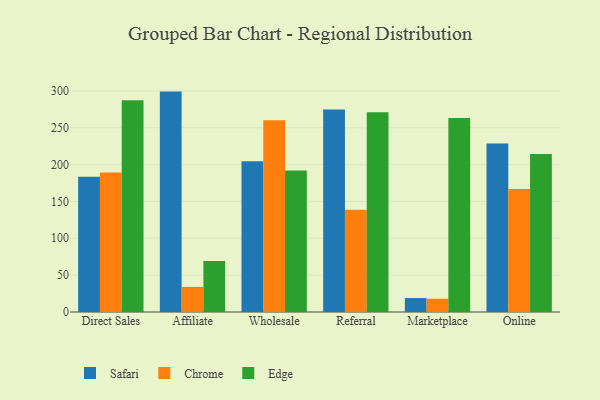
{"axis": {"x": "Channel", "y": "Tickets Resolved"}, "legend": ["Chrome", "Edge", "Safari"], "data": [{"x": "Direct Sales", "y": 183.6, "type": "Safari"}, {"x": "Direct Sales", "y": 189.2, "type": "Chrome"}, {"x": "Direct Sales", "y": 287.1, "type": "Edge"}, {"x": "Affiliate", "y": 299.0, "type": "Safari"}, {"x": "Affiliate", "y": 34.0, "type": "Chrome"}, {"x": "Affiliate", "y": 69.3, "type": "Edge"}, {"x": "Wholesale", "y": 204.4, "type": "Safari"}, {"x": "Wholesale", "y": 260.3, "type": "Chrome"}, {"x": "Wholesale", "y": 192.1, "type": "Edge"}, {"x": "Referral", "y": 274.8, "type": "Safari"}, {"x": "Referral", "y": 138.8, "type": "Chrome"}, {"x": "Referral", "y": 270.9, "type": "Edge"}, {"x": "Marketplace", "y": 18.9, "type": "Safari"}, {"x": "Marketplace", "y": 18.0, "type": "Chrome"}, {"x": "Marketplace", "y": 263.3, "type": "Edge"}, {"x": "Online", "y": 228.6, "type": "Safari"}, {"x": "Online", "y": 166.7, "type": "Chrome"}, {"x": "Online", "y": 214.5, "type": "Edge"}]}